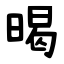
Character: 暍